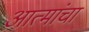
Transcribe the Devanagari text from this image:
आत्मांचा